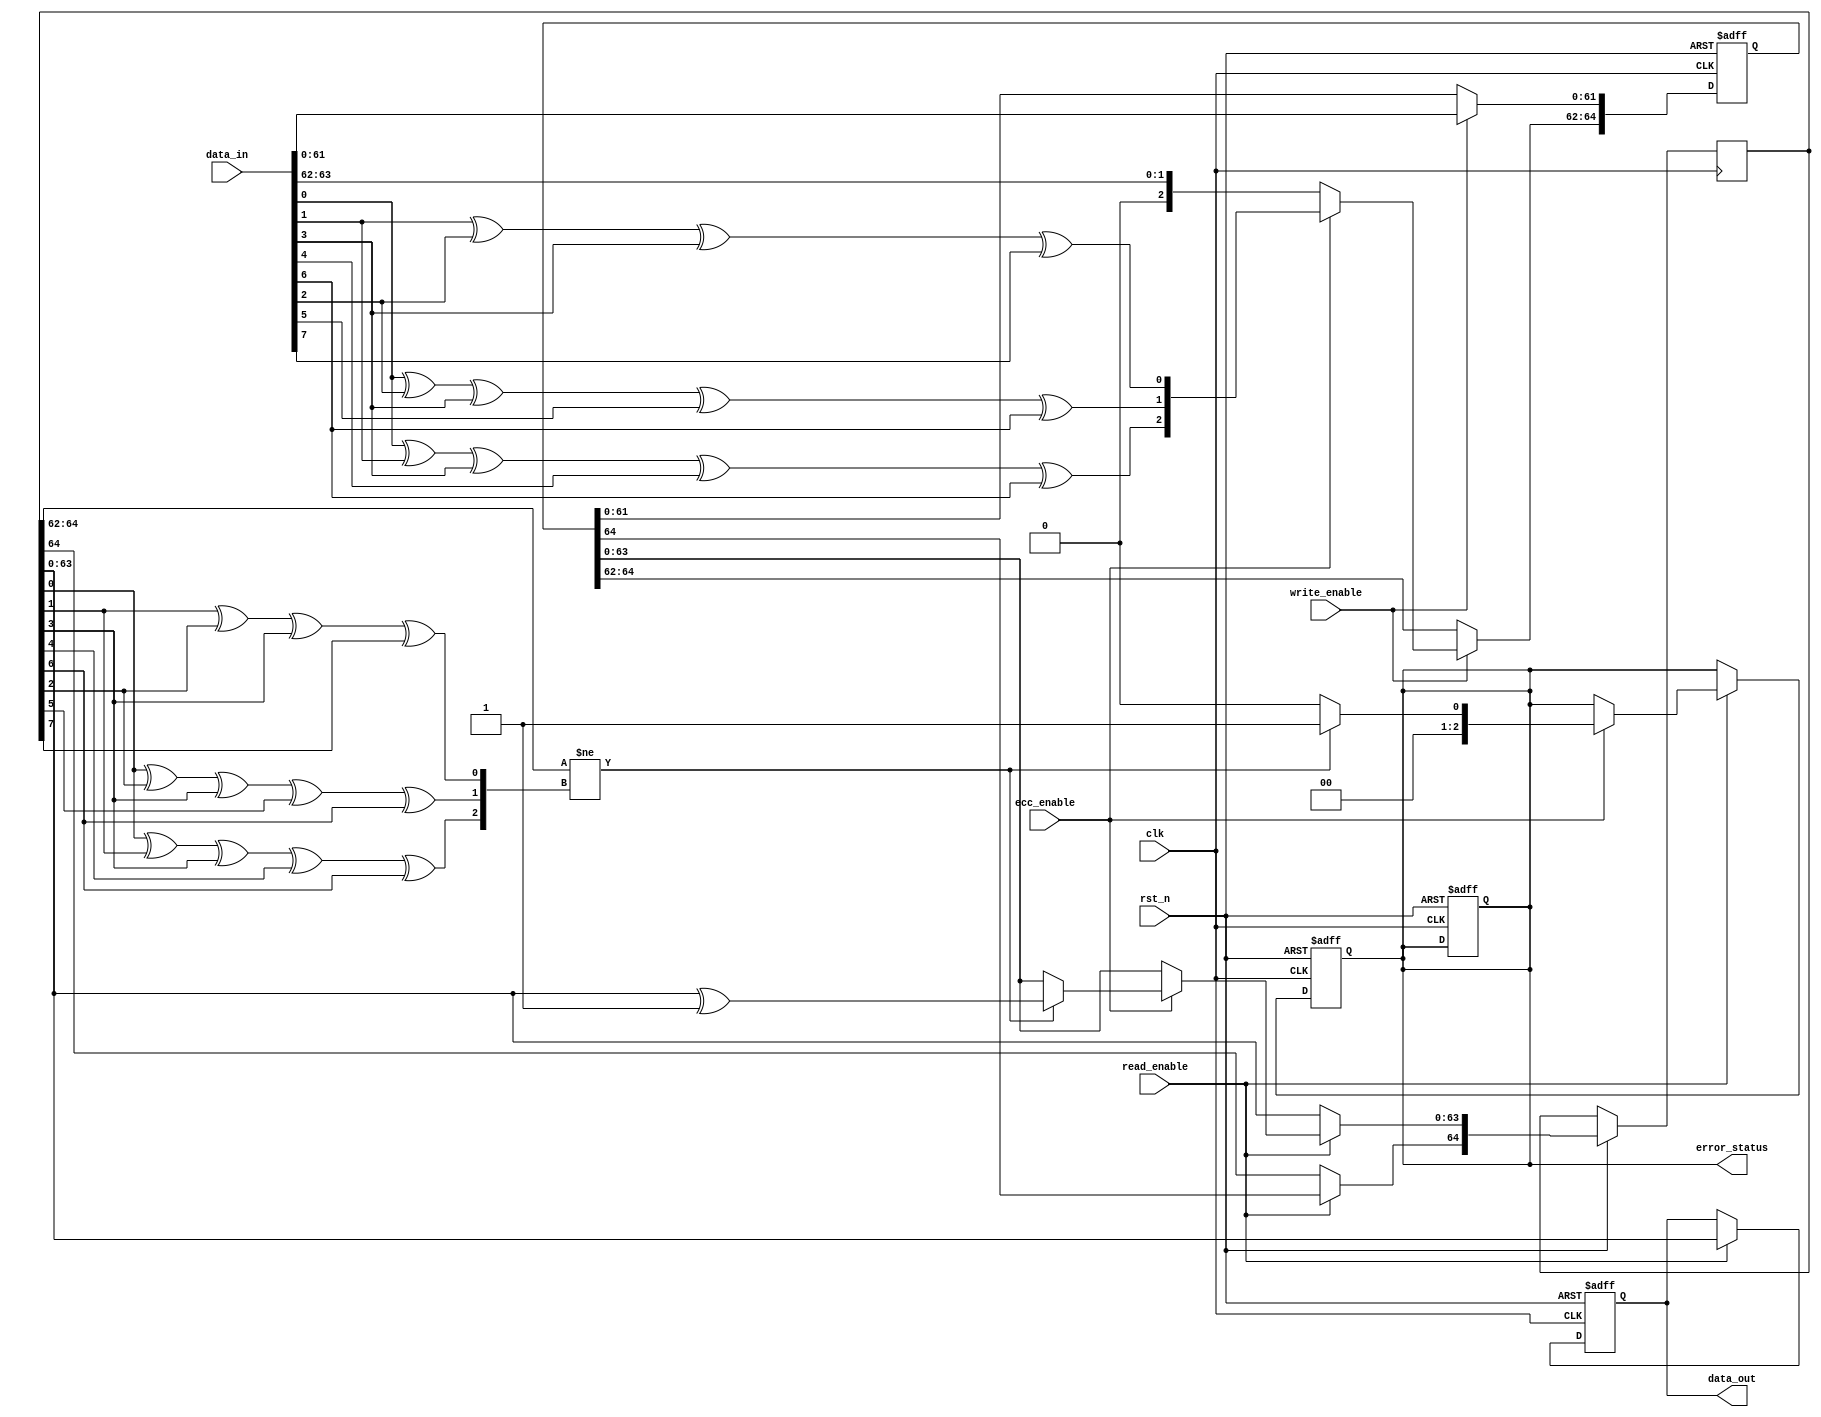
module ecc_dram_io (
    input wire clk,
    input wire rst_n,
    input wire [63:0] data_in,        // Input Data
    input wire write_enable,           // Write Enable Signal
    input wire read_enable,            // Read Enable Signal
    input wire ecc_enable,             // Enable ECC
    output reg [63:0] data_out,        // Output Data
    output reg [2:0] error_status      // Error Status Register
);

    reg [64:0] ecc_encoded_data;       // 64-bit Data + 1-bit Parity
    reg [64:0] ecc_received_data;       // Received Data + ECC bits

    // Generate ECC bits for writing
    function [2:0] compute_parity(input [63:0] data);
        compute_parity = {data[0] ^ data[1] ^ data[3] ^ data[4] ^ data[6],
                          data[0] ^ data[2] ^ data[3] ^ data[5] ^ data[6],
                          data[1] ^ data[2] ^ data[3] ^ data[7]};
    endfunction

    // ECC Encode on Write Operation
    always @(posedge clk or negedge rst_n) begin
        if (!rst_n) begin
            ecc_encoded_data <= 65'b0;
            error_status <= 3'b000;
        end else if (write_enable) begin
            if (ecc_enable) begin
                ecc_encoded_data[63:0] <= data_in;
                ecc_encoded_data[64:62] <= compute_parity(data_in);
            end else begin
                ecc_encoded_data <= {1'b0, data_in}; // No ECC
            end
            // Simulate write to memory (Not implemented here)
        end
    end

    // ECC Decode on Read Operation
    always @(posedge clk or negedge rst_n) begin
        if (!rst_n) begin
            data_out <= 64'b0;
            error_status <= 3'b000;
        end else if (read_enable) begin
            // Simulate read from memory (Not implemented here)
            ecc_received_data <= ecc_encoded_data; // Example: just assign what we wrote

            if (ecc_enable) begin
                // Error checking logic
                if (ecc_received_data[64:62] != compute_parity(ecc_received_data[63:0])) begin
                    // Error detected - Update error status
                    error_status <= 3'b001; // Correctable Error Detected
                    // Attempt to correct (using Hamming) - Simplified
                    // Note: This should be a full error correction logic
                    ecc_received_data[63:0] <= ecc_received_data[63:0] ^ 8'b00000001; // Simulate correction
                end else begin
                    error_status <= 3'b000; // No Error
                end
                data_out <= ecc_received_data[63:0]; // Send corrected data
            end else begin
                data_out <= ecc_received_data[63:0]; // Send data without ECC
            end
        end
    end

endmodule